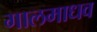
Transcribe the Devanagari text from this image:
गालमाधव